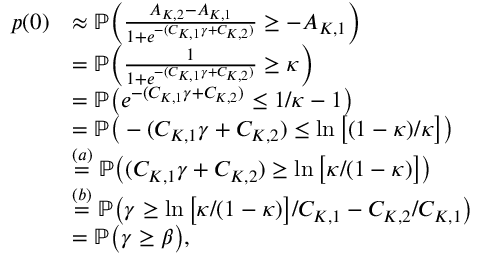
\begin{array} { r l } { p ( 0 ) } & { \approx \mathbb { P } \Big ( \frac { A _ { K , 2 } - A _ { K , 1 } } { 1 + e ^ { - ( C _ { K , 1 } \gamma + C _ { K , 2 } ) } } \geq - A _ { K , 1 } \Big ) } \\ & { = \mathbb { P } \Big ( \frac { 1 } { 1 + e ^ { - ( C _ { K , 1 } \gamma + C _ { K , 2 } ) } } \geq \kappa \Big ) } \\ & { = \mathbb { P } \big ( e ^ { - ( C _ { K , 1 } \gamma + C _ { K , 2 } ) } \leq 1 / \kappa - 1 \big ) } \\ & { = \mathbb { P } \big ( - ( C _ { K , 1 } \gamma + C _ { K , 2 } ) \leq \ln \big [ ( 1 - \kappa ) / \kappa \big ] \big ) } \\ & { \stackrel { ( a ) } { = } \mathbb { P } \big ( ( C _ { K , 1 } \gamma + C _ { K , 2 } ) \geq \ln \big [ \kappa / ( 1 - \kappa ) \big ] \big ) } \\ & { \stackrel { ( b ) } { = } \mathbb { P } \big ( \gamma \geq \ln \big [ \kappa / ( 1 - \kappa ) \big ] / C _ { K , 1 } - C _ { K , 2 } / C _ { K , 1 } \big ) } \\ & { = \mathbb { P } \big ( \gamma \geq \beta \big ) , } \end{array}